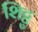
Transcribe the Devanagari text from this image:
शिट्टु